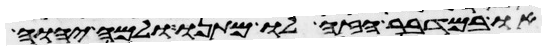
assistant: או במדבר הזה לו מתנו ולמה יהוה